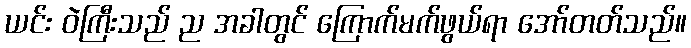
ယင်း ဝဲကြီးသည် ည အခါတွင် ကြောက်မက်ဖွယ်ရာ အော်တတ်သည်။